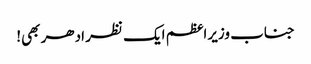
جناب وزیراعظم ایک نظر ادھر بھی!